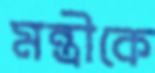
মন্ত্রীকে